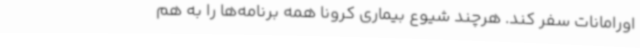
اورامانات سفر کند. هرچند شیوع بیماری کرونا همه برنامه‌ها را به هم